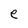
Character: e